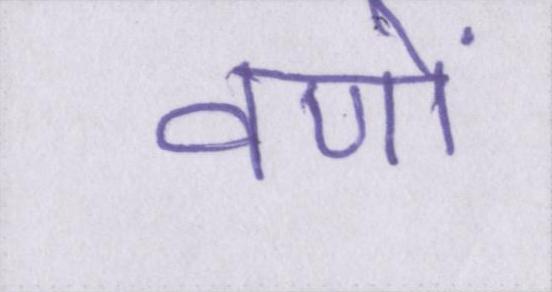
वणों